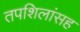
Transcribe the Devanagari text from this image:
तपशिलांसह